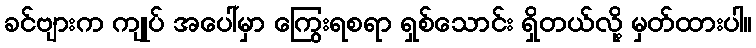
ခင်ဗျားက ကျုပ် အပေါ်မှာ ကြွေးရစရာ ရှစ်သောင်း ရှိတယ်လို့ မှတ်ထားပါ။